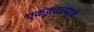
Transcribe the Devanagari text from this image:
एकवटल्याचे